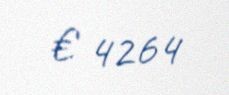
€ 4264